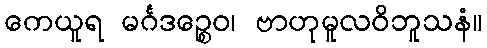
ကေယူရ မင်္ဂဒဉ္စေဝ၊ ဗာဟုမူလဝိဘူသနံ။